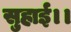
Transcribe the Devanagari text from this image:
सुहाई।।